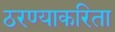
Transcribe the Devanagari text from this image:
ठरण्याकरिता